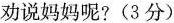
劝说妈妈呢?(3分)